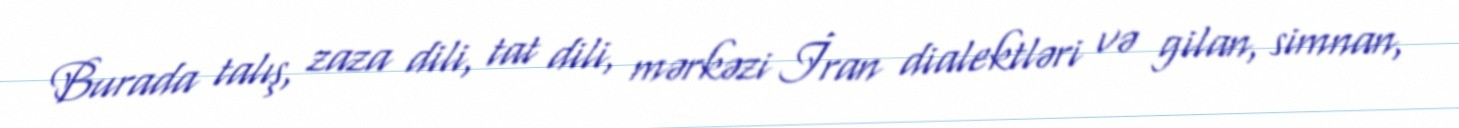
Burada talış, zaza dili, tat dili, mərkəzi İran dialektləri və gilan, simnan,